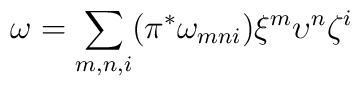
\omega=\sum\limits_{m,n,i}(\pi^*\omega_{mni})\xi^m\upsilon^n\zeta^i